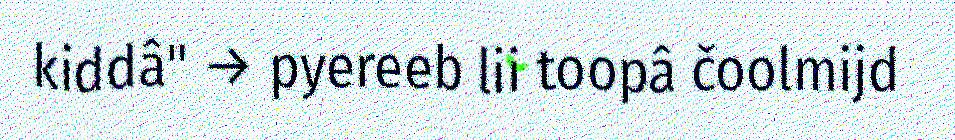
kiddâ" → pyereeb lii toopâ čoolmijd